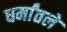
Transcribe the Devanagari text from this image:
धर्मांतले